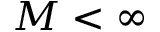
M < \infty